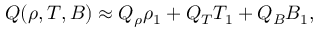
Q ( \rho , T , B ) \approx Q _ { \rho } \rho _ { 1 } + Q _ { T } T _ { 1 } + Q _ { B } B _ { 1 } ,